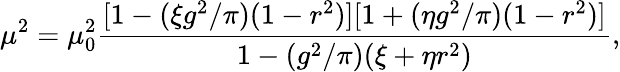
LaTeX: \mu^{2}=\mu_{0}^{2}{\frac{[1-(\xi g^{2}/\pi)(1-r^{2})][1+(\eta g^{2}/\pi)(1-r^{2})]}{1-(g^{2}/\pi)(\xi+\eta r^{2})}},